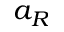
a _ { R }